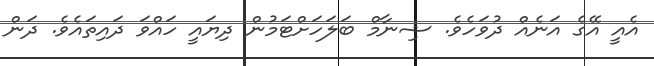
އެއީ އޭގެ އަނެއް ދުވަހެވެ. ޝިނާމް ބަލަހަށްޓަމުން ދިޔައީ ހައްވަ ދައިތައެވެ. ދަން